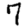
Digit: 7